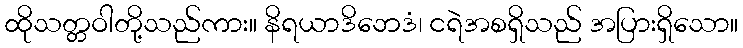
ထိုသတ္တဝါတို့သည်ကား။ နိရယာဒိဘေဒံ၊ ငရဲအစရှိသည် အပြားရှိသော။